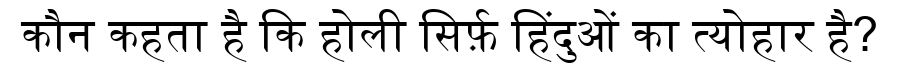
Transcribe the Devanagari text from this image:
कौन कहता है कि होली सिर्फ़ हिंदुओं का त्योहार है?